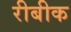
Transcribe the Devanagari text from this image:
रीबीक